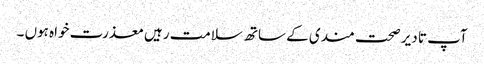
آپ تا دیر صحت مندی کے ساتھ سلامت رہیں معذرت خواہ ہوں ۔